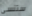
ستنسى